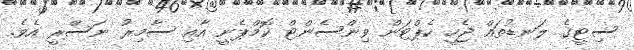
ސިޓީގެ ލަނޑުތައް ޖެހީ ކެޕްޓަން ވިންސެންޓް ކޮމްޕެނީ އާއި ސާމިރު ނަސްރީ އެވެ.